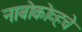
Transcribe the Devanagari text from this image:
नाबोकोव्हचे